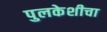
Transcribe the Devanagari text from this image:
पुलकेशीचा